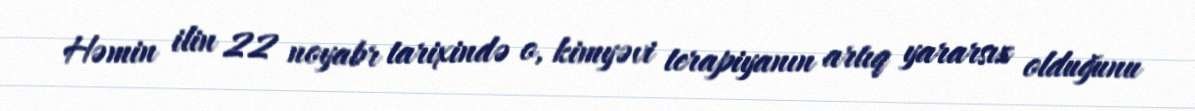
Həmin ilin 22 noyabr tarixində o, kimyəvi terapiyanın artıq yararsız olduğunu